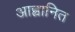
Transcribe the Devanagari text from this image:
आह्वानित